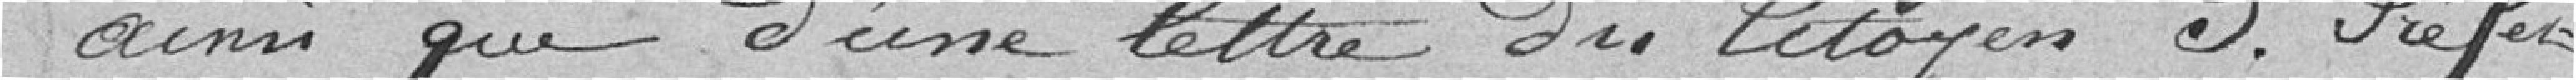
ainsi que d'une lettre du Citoyen S. Préfet